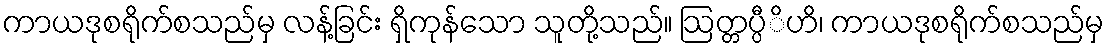
ကာယဒုစရိုက်စသည်မှ လန့်ခြင်း ရှိကုန်သော သူတို့သည်။ ဩတ္တပ္ပီိဟိ၊ ကာယဒုစရိုက်စသည်မှ